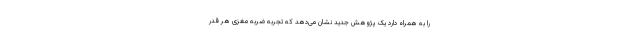
را به همراه دارد یک پژوهش جدید نشان می‌دهد که تجربه ضربه مغزی هر قدر